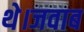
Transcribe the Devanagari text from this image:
थे।जवाब